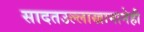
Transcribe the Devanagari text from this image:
सादतउल्लाखानानेही